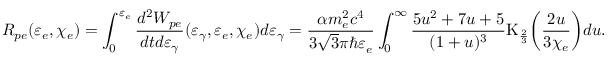
R _ { p e } ( \varepsilon _ { e } , \chi _ { e } ) = \int _ { 0 } ^ { \varepsilon _ { e } } { \frac { d ^ { 2 } W _ { p e } } { d t d \varepsilon _ { \gamma } } ( \varepsilon _ { \gamma } , \varepsilon _ { e } , \chi _ { e } ) d \varepsilon _ { \gamma } } = \frac { \alpha m _ { e } ^ { 2 } c ^ { 4 } } { 3 \sqrt { 3 } \pi \hbar \varepsilon _ { e } } \int _ { 0 } ^ { \infty } { \frac { 5 u ^ { 2 } + 7 u + 5 } { ( 1 + u ) ^ { 3 } } \mathrm { K } _ { \frac { 2 } { 3 } } \biggl ( \frac { 2 u } { 3 \chi _ { e } } \biggr ) d u } .